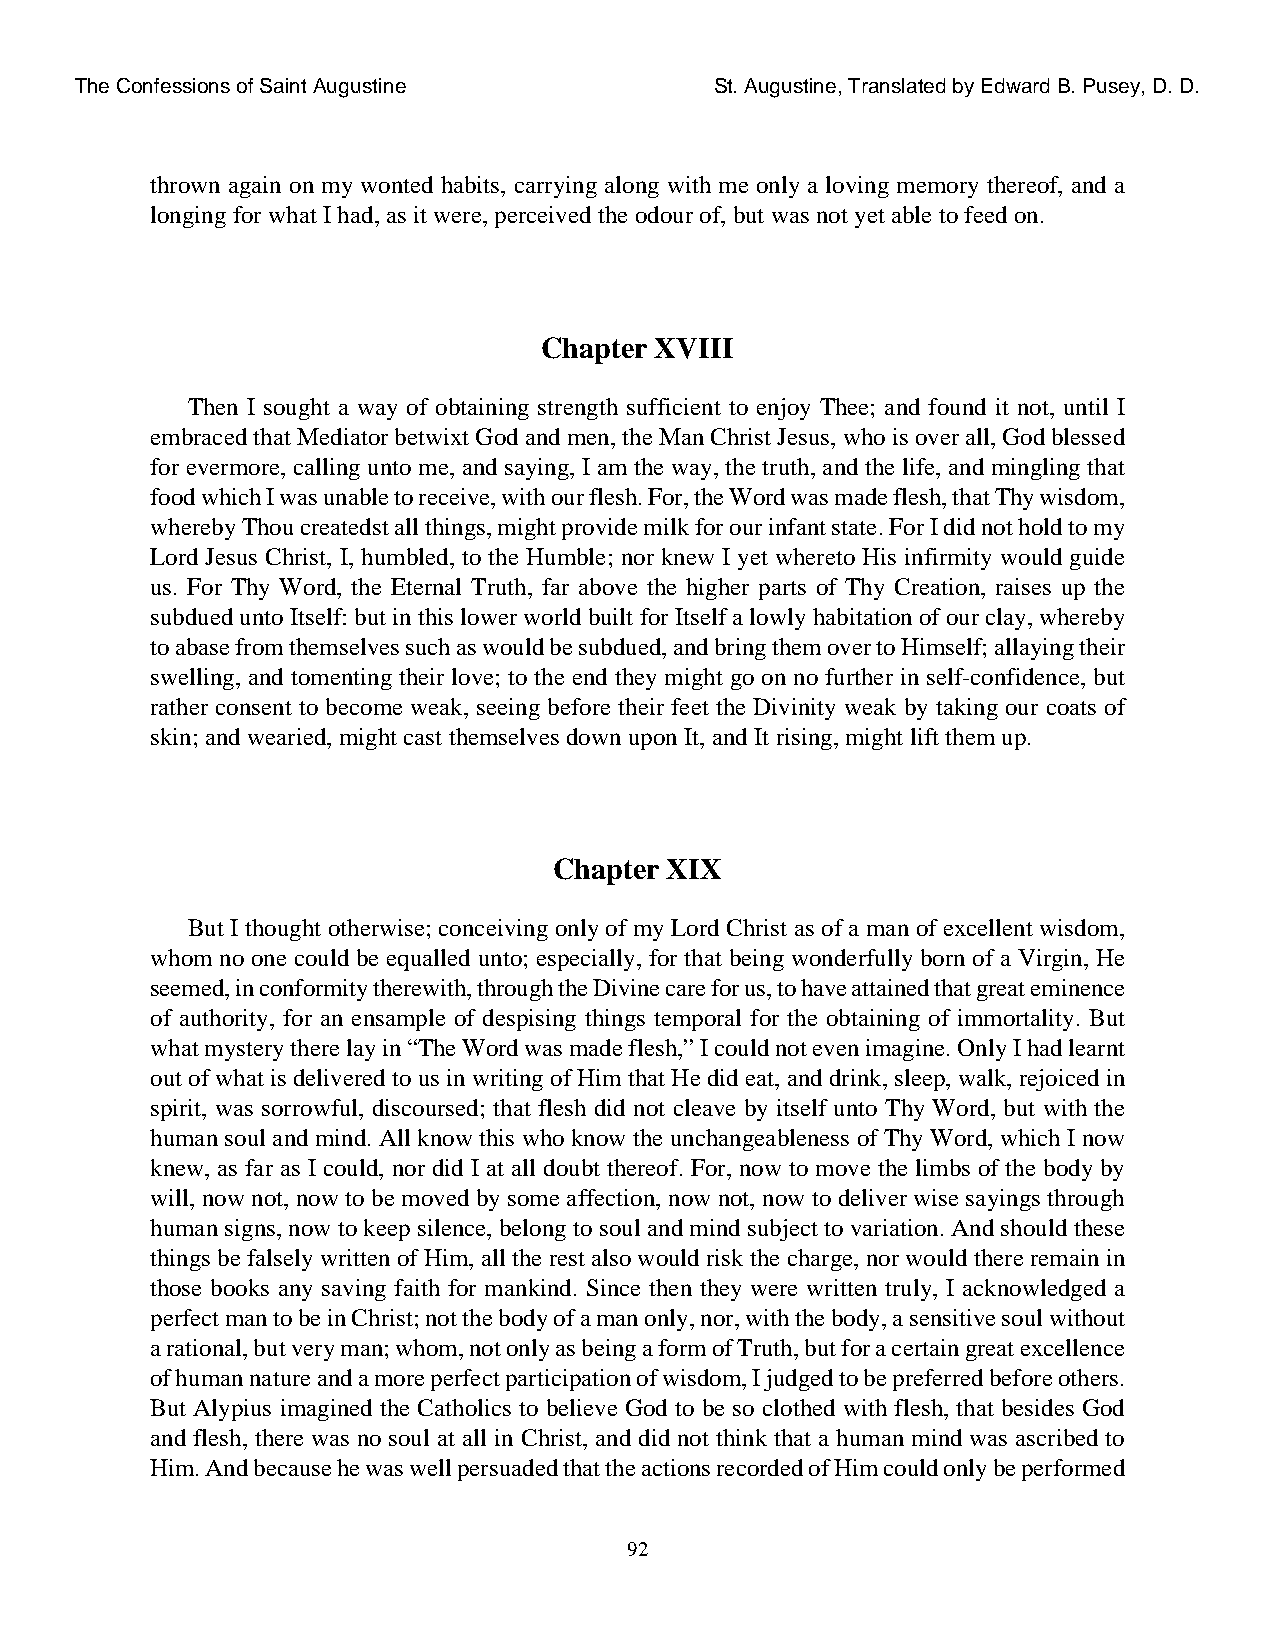
The Confessions of Saint Augustine        St. Augustine, Translated by Edward B. Pusey, D. D.
 thrown again on my wonted habits, carrying along with me only a loving memory thereof, and a
 longing for what I had, as it were, perceived the odour of, but was not yet able to feed on.
 Chapter XVIII
 Then I sought a way of obtaining strength sufficient to enjoy Thee; and found it not, until I
 embraced that Mediator betwixt God and men, the Man Christ Jesus, who is over all, God blessed
 for evermore, calling unto me, and saying, I am the way, the truth, and the life, and mingling that
 food which I was unable to receive, with our flesh. For, the Word was made flesh, that Thy wisdom,
 whereby Thou createdst all things, might provide milk for our infant state. For I did not hold to my
 Lord Jesus Christ, I, humbled, to the Humble; nor knew I yet whereto His infirmity would guide
 us. For Thy Word, the Eternal Truth, far above the higher parts of Thy Creation, raises up the
 subdued unto Itself: but in this lower world built for Itself a lowly habitation of our clay, whereby
 to abase from themselves such as would be subdued, and bring them over to Himself; allaying their
 swelling, and tomenting their love; to the end they might go on no further in self-confidence, but
 rather consent to become weak, seeing before their feet the Divinity weak by taking our coats of
 skin; and wearied, might cast themselves down upon It, and It rising, might lift them up.
 Chapter XIX
 But I thought otherwise; conceiving only of my Lord Christ as of a man of excellent wisdom,
 whom no one could be equalled unto; especially, for that being wonderfully born of a Virgin, He
 seemed, in conformity therewith, through the Divine care for us, to have attained that great eminence
 of authority, for an ensample of despising things temporal for the obtaining of immortality. But
 what mystery there lay in “The Word was made flesh,” I could not even imagine. Only I had learnt
 out of what is delivered to us in writing of Him that He did eat, and drink, sleep, walk, rejoiced in
 spirit, was sorrowful, discoursed; that flesh did not cleave by itself unto Thy Word, but with the
 human soul and mind. All know this who know the unchangeableness of Thy Word, which I now
 knew, as far as I could, nor did I at all doubt thereof. For, now to move the limbs of the body by
 will, now not, now to be moved by some affection, now not, now to deliver wise sayings through
 human signs, now to keep silence, belong to soul and mind subject to variation. And should these
 things be falsely written of Him, all the rest also would risk the charge, nor would there remain in
 those books any saving faith for mankind. Since then they were written truly, I acknowledged a
 perfect man to be in Christ; not the body of a man only, nor, with the body, a sensitive soul without
 a rational, but very man; whom, not only as being a form of Truth, but for a certain great excellence
 of human nature and a more perfect participation of wisdom, I judged to be preferred before others.
 But Alypius imagined the Catholics to believe God to be so clothed with flesh, that besides God
 and flesh, there was no soul at all in Christ, and did not think that a human mind was ascribed to
 Him. And because he was well persuaded that the actions recorded of Him could only be performed
 92